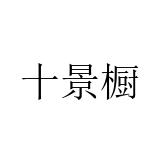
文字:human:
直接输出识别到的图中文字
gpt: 十景橱